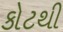
કોટથી